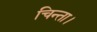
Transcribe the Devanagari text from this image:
चिन्ता।